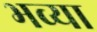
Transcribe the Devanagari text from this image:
भव्‍या